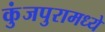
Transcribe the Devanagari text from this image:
कुंजपुरामध्ये